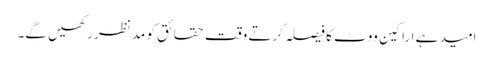
امید ہے اراکین ووٹ کا فیصلہ کرتے وقت حقائق کو مد نظر رکھیں گے۔